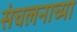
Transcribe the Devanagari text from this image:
संचलनाच्या